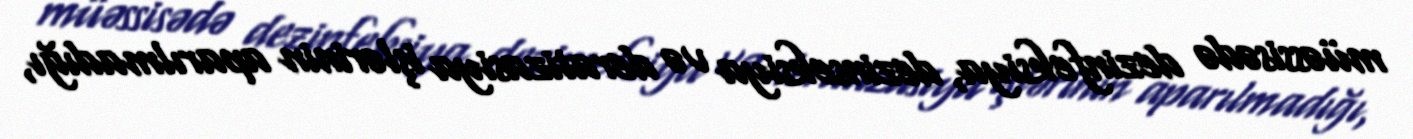
müəssisədə dezinfeksiya, dezinseksiya və deratizasiya işlərinin aparılmadığı,